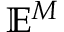
\mathbb { E } ^ { M }